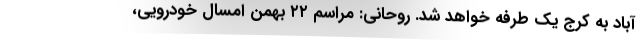
آباد به کرج یک طرفه خواهد شد. روحانی: مراسم ۲۲ بهمن امسال خودرویی،